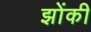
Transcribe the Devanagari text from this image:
झोंकी